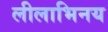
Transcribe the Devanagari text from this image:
लीलाभिनय